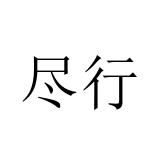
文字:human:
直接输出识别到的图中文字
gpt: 尽行